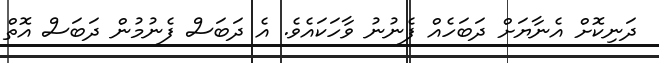
ދަނިކޮށް އެނާޔަށް ދަބަހެއް ފެނުނު ވާހަކައެވެ. އެ ދަބަސް ފެނުމުން ދަބަސް އޮތް